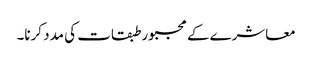
معاشرے کے مجبور طبقات کی مدد کرنا۔